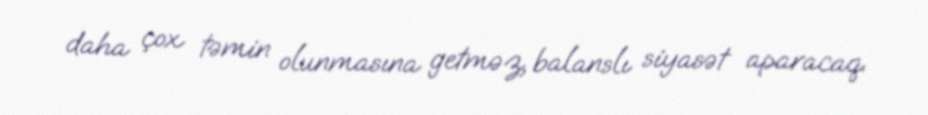
daha çox təmin olunmasına getməz, balanslı siyasət aparacaq.